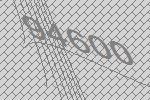
94600